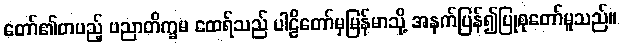
တော်၏တပည့် ပညာတိက္ခမ ထေရ်သည် ပါဠိတော်မှမြန်မာသို့ အနက်ပြန်၍ပြုစုတော်မူသည်။